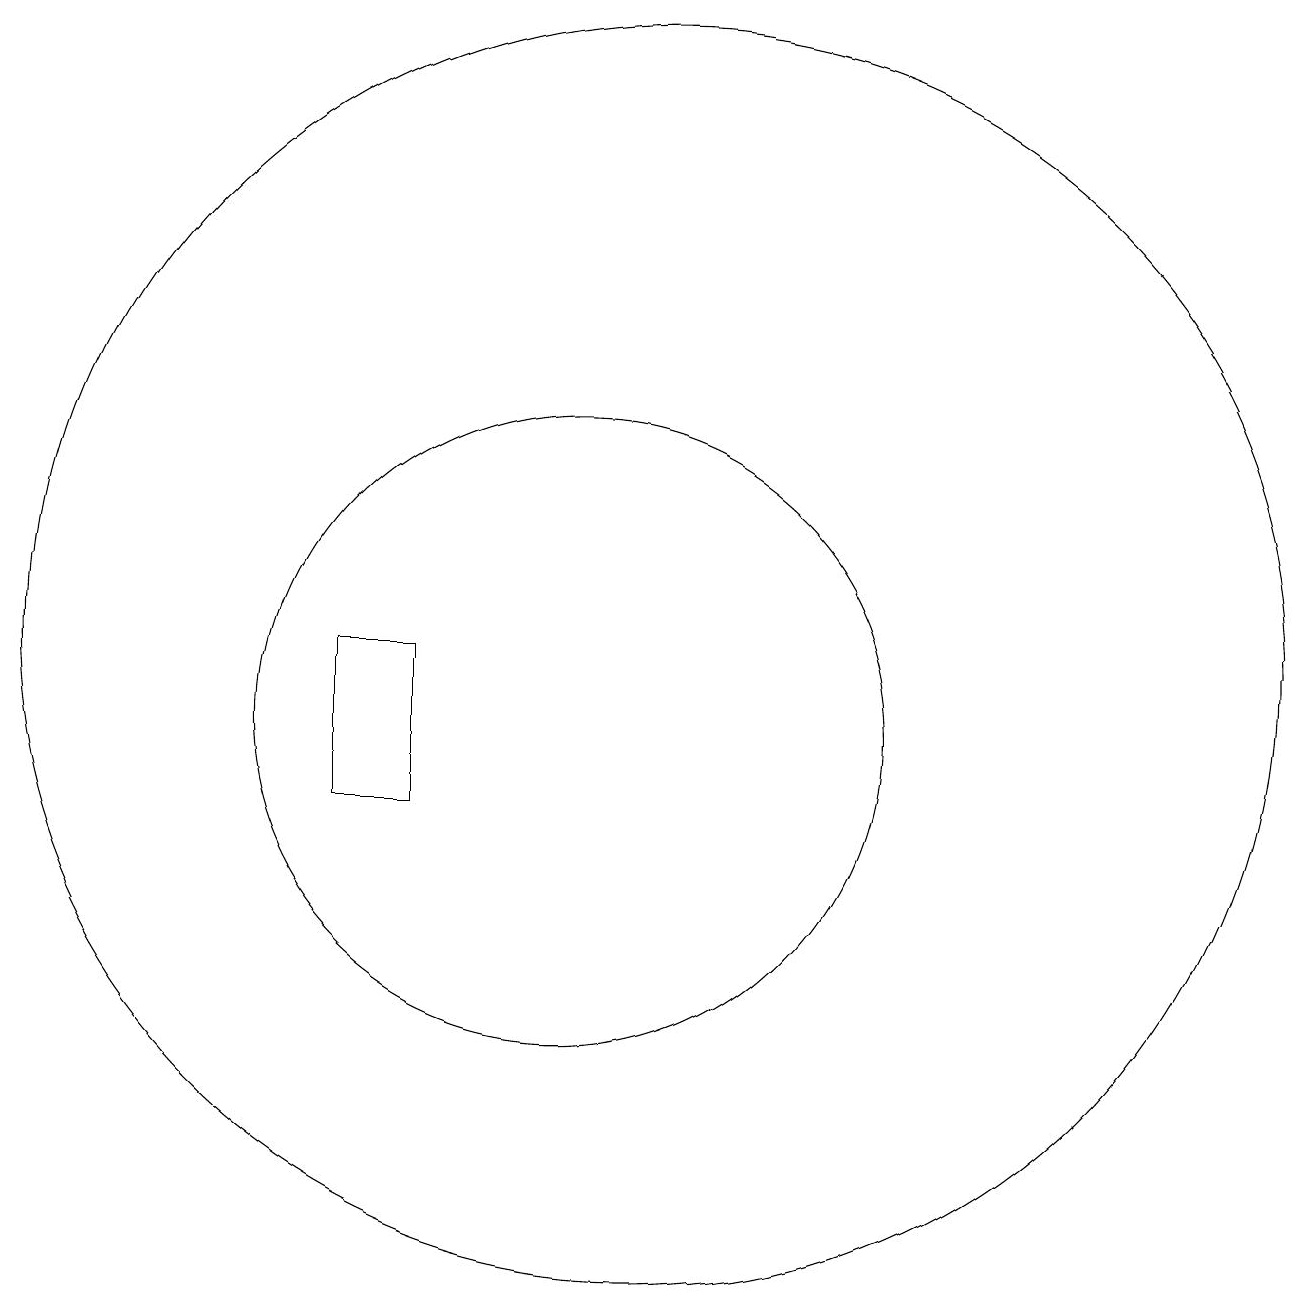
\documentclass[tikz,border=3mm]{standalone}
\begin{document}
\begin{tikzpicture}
\draw (11,12) circle (8);
\draw (10,11) circle (4);
\draw (8,12) rectangle (7,10);
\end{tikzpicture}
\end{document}